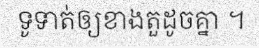
ទូទាត់ឲ្យខាងតួដូចគ្នា ។